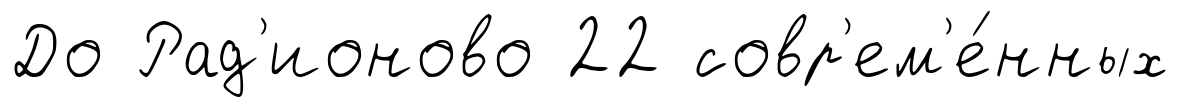
До Рад'ионово 22 совр'ем'е́нных